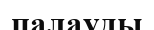
палауды